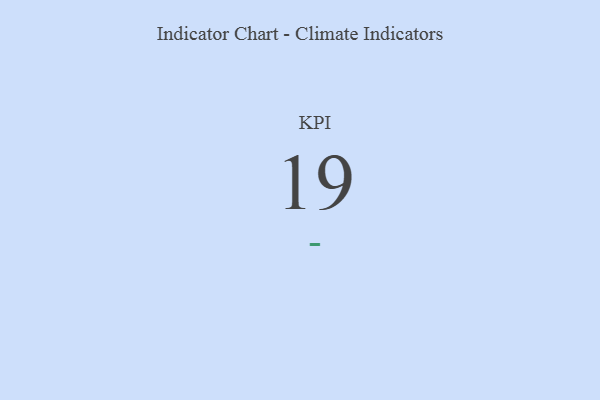
{"axis": {"x": "KPI", "y": "Value"}, "legend": [""], "data": [{"x": "KPI", "y": 19, "type": ""}]}